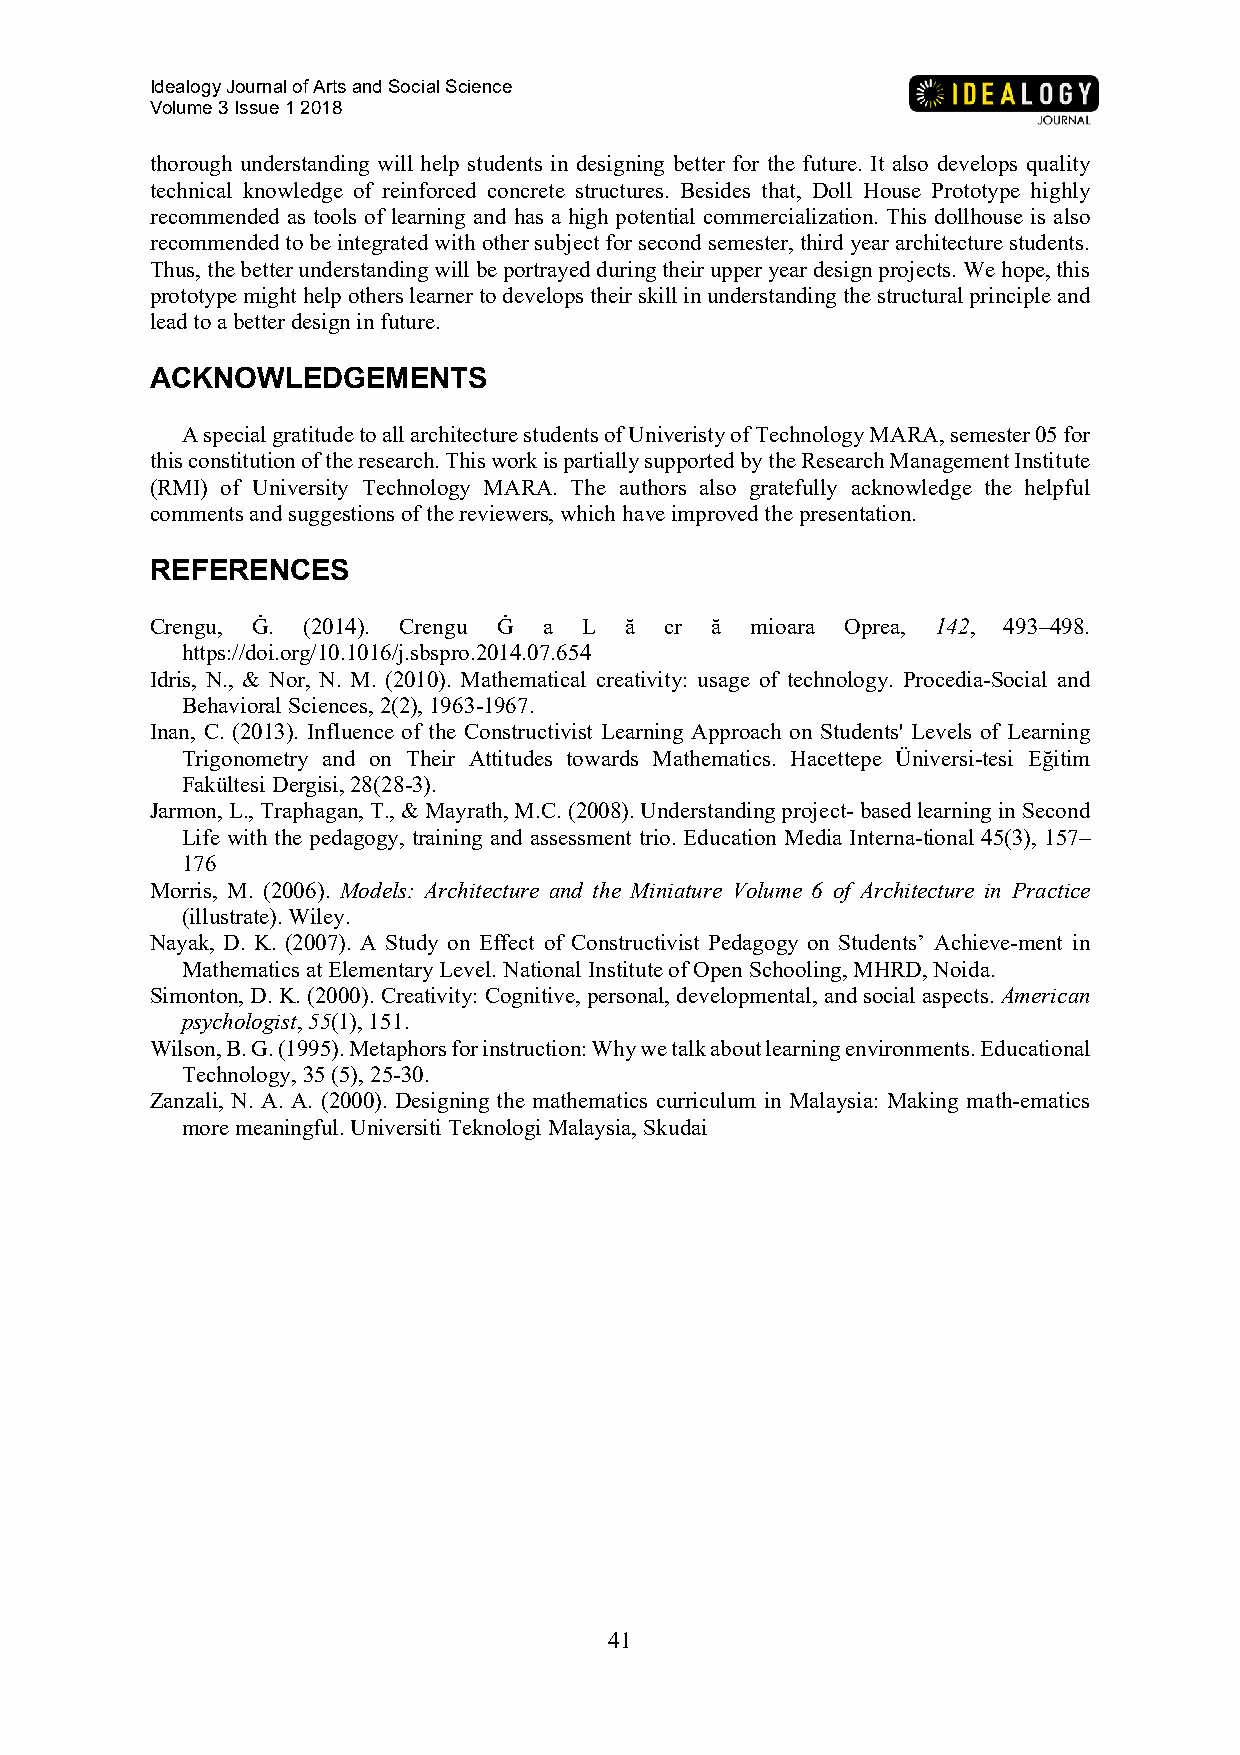
Idealogy Journal of Arts and Social Science
 Volume 3 Issue 1 2018
 thorough understanding will help students in designing better for the future. It also develops quality
 technical knowledge of reinforced concrete structures. Besides that, Doll House Prototype highly
 recommended as tools of learning and has a high potential commercialization. This dollhouse is also
 recommended to be integrated with other subject for second semester, third year architecture students.
 Thus, the better understanding will be portrayed during their upper year design projects. We hope, this
 prototype might help others learner to develops their skill in understanding the structural principle and
 lead to a better design in future.
 ACKNOWLEDGEMENTS
 A special gratitude to all architecture students of Univeristy of Technology MARA, semester 05 for
 this constitution of the research. This work is partially supported by the Research Management Institute
 (RMI) of University Technology MARA. The authors also gratefully acknowledge the helpful
 comments and suggestions of the reviewers, which have improved the presentation.
 REFERENCES
 Crengu, Ġ. (2014). Crengu Ġ a L ă cr ă  mioara Oprea, 142, 493–498.
 https://doi.org/10.1016/j.sbspro.2014.07.654
 Idris, N., & Nor, N. M. (2010). Mathematical creativity: usage of technology. Procedia-Social and
 Behavioral Sciences, 2(2), 1963-1967.
 Inan, C. (2013). Influence of the Constructivist Learning Approach on Students' Levels of Learning
 Trigonometry and on Their Attitudes towards Mathematics. Hacettepe Üniversi-tesi Eğitim
 Fakültesi Dergisi, 28(28-3).
 Jarmon, L., Traphagan, T., & Mayrath, M.C. (2008). Understanding project- based learning in Second
 Life with the pedagogy, training and assessment trio. Education Media Interna-tional 45(3), 157–
 176
 Morris, M. (2006). Models: Architecture and the Miniature Volume 6 of Architecture in Practice
 (illustrate). Wiley.
 Nayak, D. K. (2007). A Study on Effect of Constructivist Pedagogy on Students’ Achieve-ment in
 Mathematics at Elementary Level. National Institute of Open Schooling, MHRD, Noida.
 Simonton, D. K. (2000). Creativity: Cognitive, personal, developmental, and social aspects. American
 psychologist, 55(1), 151.
 Wilson, B. G. (1995). Metaphors for instruction: Why we talk about learning environments. Educational
 Technology, 35 (5), 25-30.
 Zanzali, N. A. A. (2000). Designing the mathematics curriculum in Malaysia: Making math-ematics
 more meaningful. Universiti Teknologi Malaysia, Skudai
 41